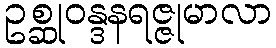
ဥစ္ဆုဝန္ဒနရဇ္ဇုမာလာ